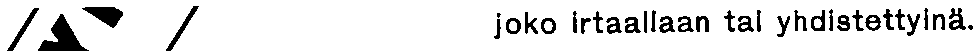
joko irtaallaan tal yhdistettyinä.